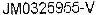
JM0325955-V